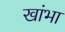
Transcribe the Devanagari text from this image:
खांभा